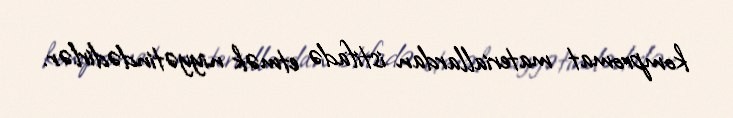
kompromat materiallardan istifadə etmək niyyətindədirlər.